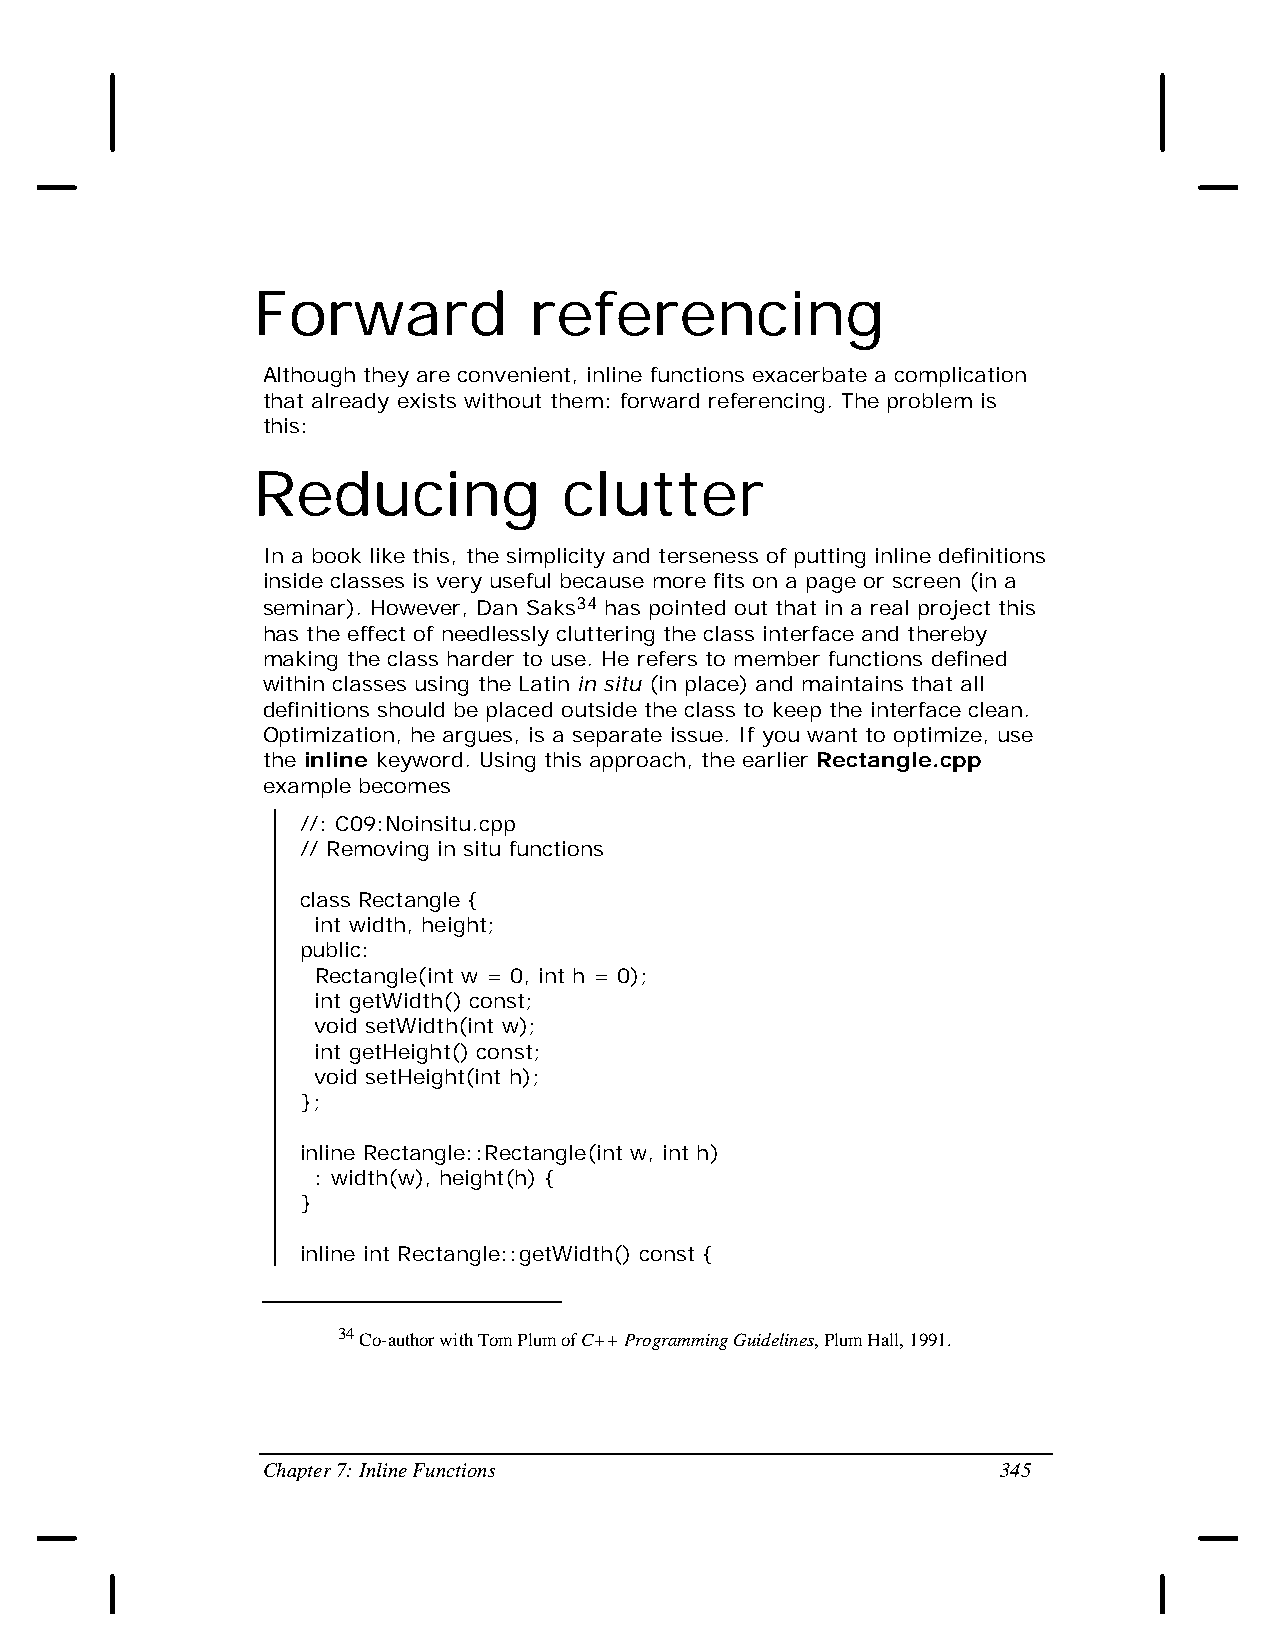
Forward           referencing
 Although they are convenient, inline functions exacerbate a complication
 that already exists without them: forward referencing. The problem is
 this:
 Reducing            clutter
 In a book like this, the simplicity and terseness of putting inline definitions
 inside classes is very useful because more fits on a page or screen (in a
 seminar). However, Dan Saks34 has pointed out that in a real project this
 has the effect of needlessly cluttering the class interface and thereby
 making the class harder to use. He refers to member functions defined
 within classes using the Latin in situ (in place) and maintains that all
 definitions should be placed outside the class to keep the interface clean.
 Optimization, he argues, is a separate issue. If you want to optimize, use
 the inline keyword. Using this approach, the earlier Rectangle.cpp
 example becomes
 //: C09:Noinsitu.cpp
 // Removing in situ functions
 class Rectangle {
 int width, height;
 public:
 Rectangle(int w = 0, int h = 0);
 int getWidth() const;
 void setWidth(int w);
 int getHeight() const;
 void setHeight(int h);
 };
 inline Rectangle::Rectangle(int w, int h)
 : width(w), height(h) {
 }
 inline int Rectangle::getWidth() const {
 34 Co-author with Tom Plum of C++ Programming Guidelines, Plum Hall, 1991.
 Chapter 7: Inline Functions                      345